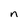
Character: n